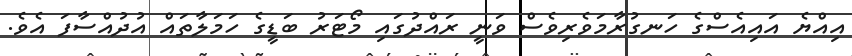
އިއްޔެ އައިއެސްގެ ހަނގުރާމަވެރިވެސް ވަނީ ރައްދުގައި މޯޓަރު ބަޑީގެ ހަމަލާތައް އުދުއްސާފަ އެވެ.